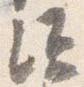
須